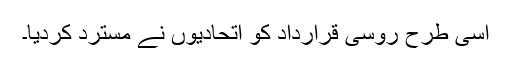
اسی طرح روسی قرارداد کو اتحادیوں نے مسترد کردیا۔